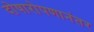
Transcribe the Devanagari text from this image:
दोषारोपणानंतर